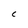
Character: C